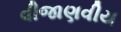
વીજાણવીય